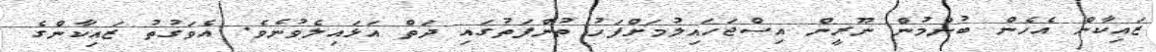
ޒައިކާން އެހެން ބުނުމުން ނޫރީން އިސްޖަހައިލުމަށްފަހު ތުންފަތުގައި ދަތް އަަޅައިލެވުނެވެ. އެވަގުތު ޒައިކާންގެ